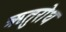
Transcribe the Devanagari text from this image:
ऋतुरोध